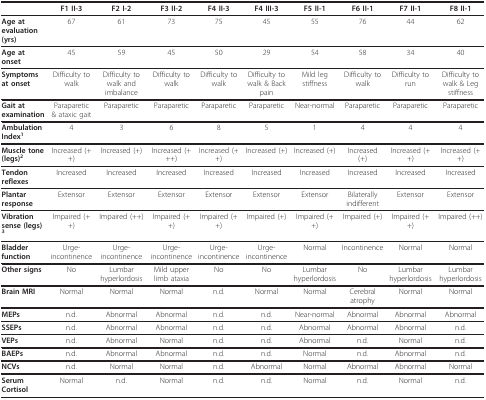
<table><thead><tr><td></td><td><b>F1 II-3</b></td><td><b>F2 I-2</b></td><td><b>F3 II-2</b></td><td><b>F4 II-3</b></td><td><b>F4 III-3</b></td><td><b>F5 II-1</b></td><td><b>F6 II-1</b></td><td><b>F7 II-1</b></td><td><b>F8 II-1</b></td></tr></thead><tbody><tr><td><b>Age at evaluation (yrs)</b></td><td>67</td><td>61</td><td>73</td><td>75</td><td>45</td><td>55</td><td>76</td><td>44</td><td>62</td></tr><tr><td><b>Age at onset</b></td><td>45</td><td>59</td><td>45</td><td>50</td><td>29</td><td>54</td><td>58</td><td>34</td><td>40</td></tr><tr><td><b>Symptoms at onset</b></td><td>Difficulty to walk</td><td>Difficulty to walk and imbalance</td><td>Difficulty to walk</td><td>Difficulty to walk</td><td>Difficulty to walk &amp; Back pain</td><td>Mild leg stiffness</td><td>Difficulty to walk</td><td>Difficulty to run</td><td>Difficulty to walk &amp; Leg stiffness</td></tr><tr><td><b>Gait at examination</b></td><td>Paraparetic &amp; ataxic gait</td><td>Paraparetic</td><td>Paraparetic</td><td>Paraparetic</td><td>Paraparetic</td><td>Near-normal</td><td>Paraparetic</td><td>Paraparetic</td><td>Paraparetic</td></tr><tr><td><b>Ambulation Index</b><sup><b>1</b></sup></td><td>4</td><td>3</td><td>6</td><td>8</td><td>5</td><td>1</td><td>4</td><td>4</td><td>4</td></tr><tr><td><b>Muscle tone (legs)</b><sup><b>2</b></sup></td><td>Increased (++)</td><td>Increased (+)</td><td>Increased (+++)</td><td>Increased (++)</td><td>Increased (+)</td><td>Increased (+)</td><td>Increased (+)</td><td>Increased (++)</td><td>Increased (++)</td></tr><tr><td><b>Tendon reflexes</b></td><td>Increased</td><td>Increased</td><td>Increased</td><td>Increased</td><td>Increased</td><td>Increased</td><td>Increased</td><td>Increased</td><td>Increased</td></tr><tr><td><b>Plantar response</b></td><td>Extensor</td><td>Extensor</td><td>Extensor</td><td>Extensor</td><td>Extensor</td><td>Extensor</td><td>Bilaterally indifferent</td><td>Extensor</td><td>Extensor</td></tr><tr><td><b>Vibration sense (legs)</b><sup><b>3</b></sup></td><td>Impaired (++)</td><td>Impaired (++)</td><td>Impaired (++)</td><td>Impaired (++)</td><td>Impaired (+)</td><td>Impaired (++)</td><td>Impaired (+)</td><td>Impaired (++)</td><td>Impaired (++)</td></tr><tr><td><b>Bladder function</b></td><td>Urge-incontinence</td><td>Urge-incontinence</td><td>Urge-incontinence</td><td>Urge-incontinence</td><td>Urge-incontinence</td><td>Normal</td><td>Incontinence</td><td>Normal</td><td>Normal</td></tr><tr><td><b>Other signs</b></td><td>No</td><td>Lumbar hyperlordosis</td><td>Mild upper limb ataxia</td><td>No</td><td>No</td><td>Lumbar hyperlordosis</td><td>No</td><td>Lumbar hyperlordosis</td><td>Lumbar hyperlordosis</td></tr><tr><td><b>Brain MRI</b></td><td>Normal</td><td>Normal</td><td>Normal</td><td>n.d.</td><td>Normal</td><td>Normal</td><td>Cerebral atrophy</td><td>Normal</td><td>Normal</td></tr><tr><td><b>MEPs</b></td><td>n.d.</td><td>Abnormal</td><td>Abnormal</td><td>n.d.</td><td>n.d.</td><td>Near-normal</td><td>Abnormal</td><td>Abnormal</td><td>Abnormal</td></tr><tr><td><b>SSEPs</b></td><td>n.d.</td><td>Abnormal</td><td>Abnormal</td><td>n.d.</td><td>n.d.</td><td>Abnormal</td><td>Abnormal</td><td>Abnormal</td><td>n.d.</td></tr><tr><td><b>VEPs</b></td><td>n.d.</td><td>Abnormal</td><td>Normal</td><td>n.d.</td><td>n.d.</td><td>Abnormal</td><td>n.d.</td><td>Normal</td><td>n.d.</td></tr><tr><td><b>BAEPs</b></td><td>n.d.</td><td>Abnormal</td><td>Abnormal</td><td>n.d.</td><td>n.d.</td><td>Normal</td><td>n.d.</td><td>Abnormal</td><td>n.d.</td></tr><tr><td><b>NCVs</b></td><td>n.d.</td><td>Normal</td><td>Normal</td><td>n.d.</td><td>Abnormal</td><td>Normal</td><td>Abnormal</td><td>Abnormal</td><td>Normal</td></tr><tr><td><b>Serum Cortisol</b></td><td>Normal</td><td>n.d.</td><td>Normal</td><td>n.d.</td><td>n.d.</td><td>Normal</td><td>n.d.</td><td>Normal</td><td>n.d.</td></tr></tbody></table>